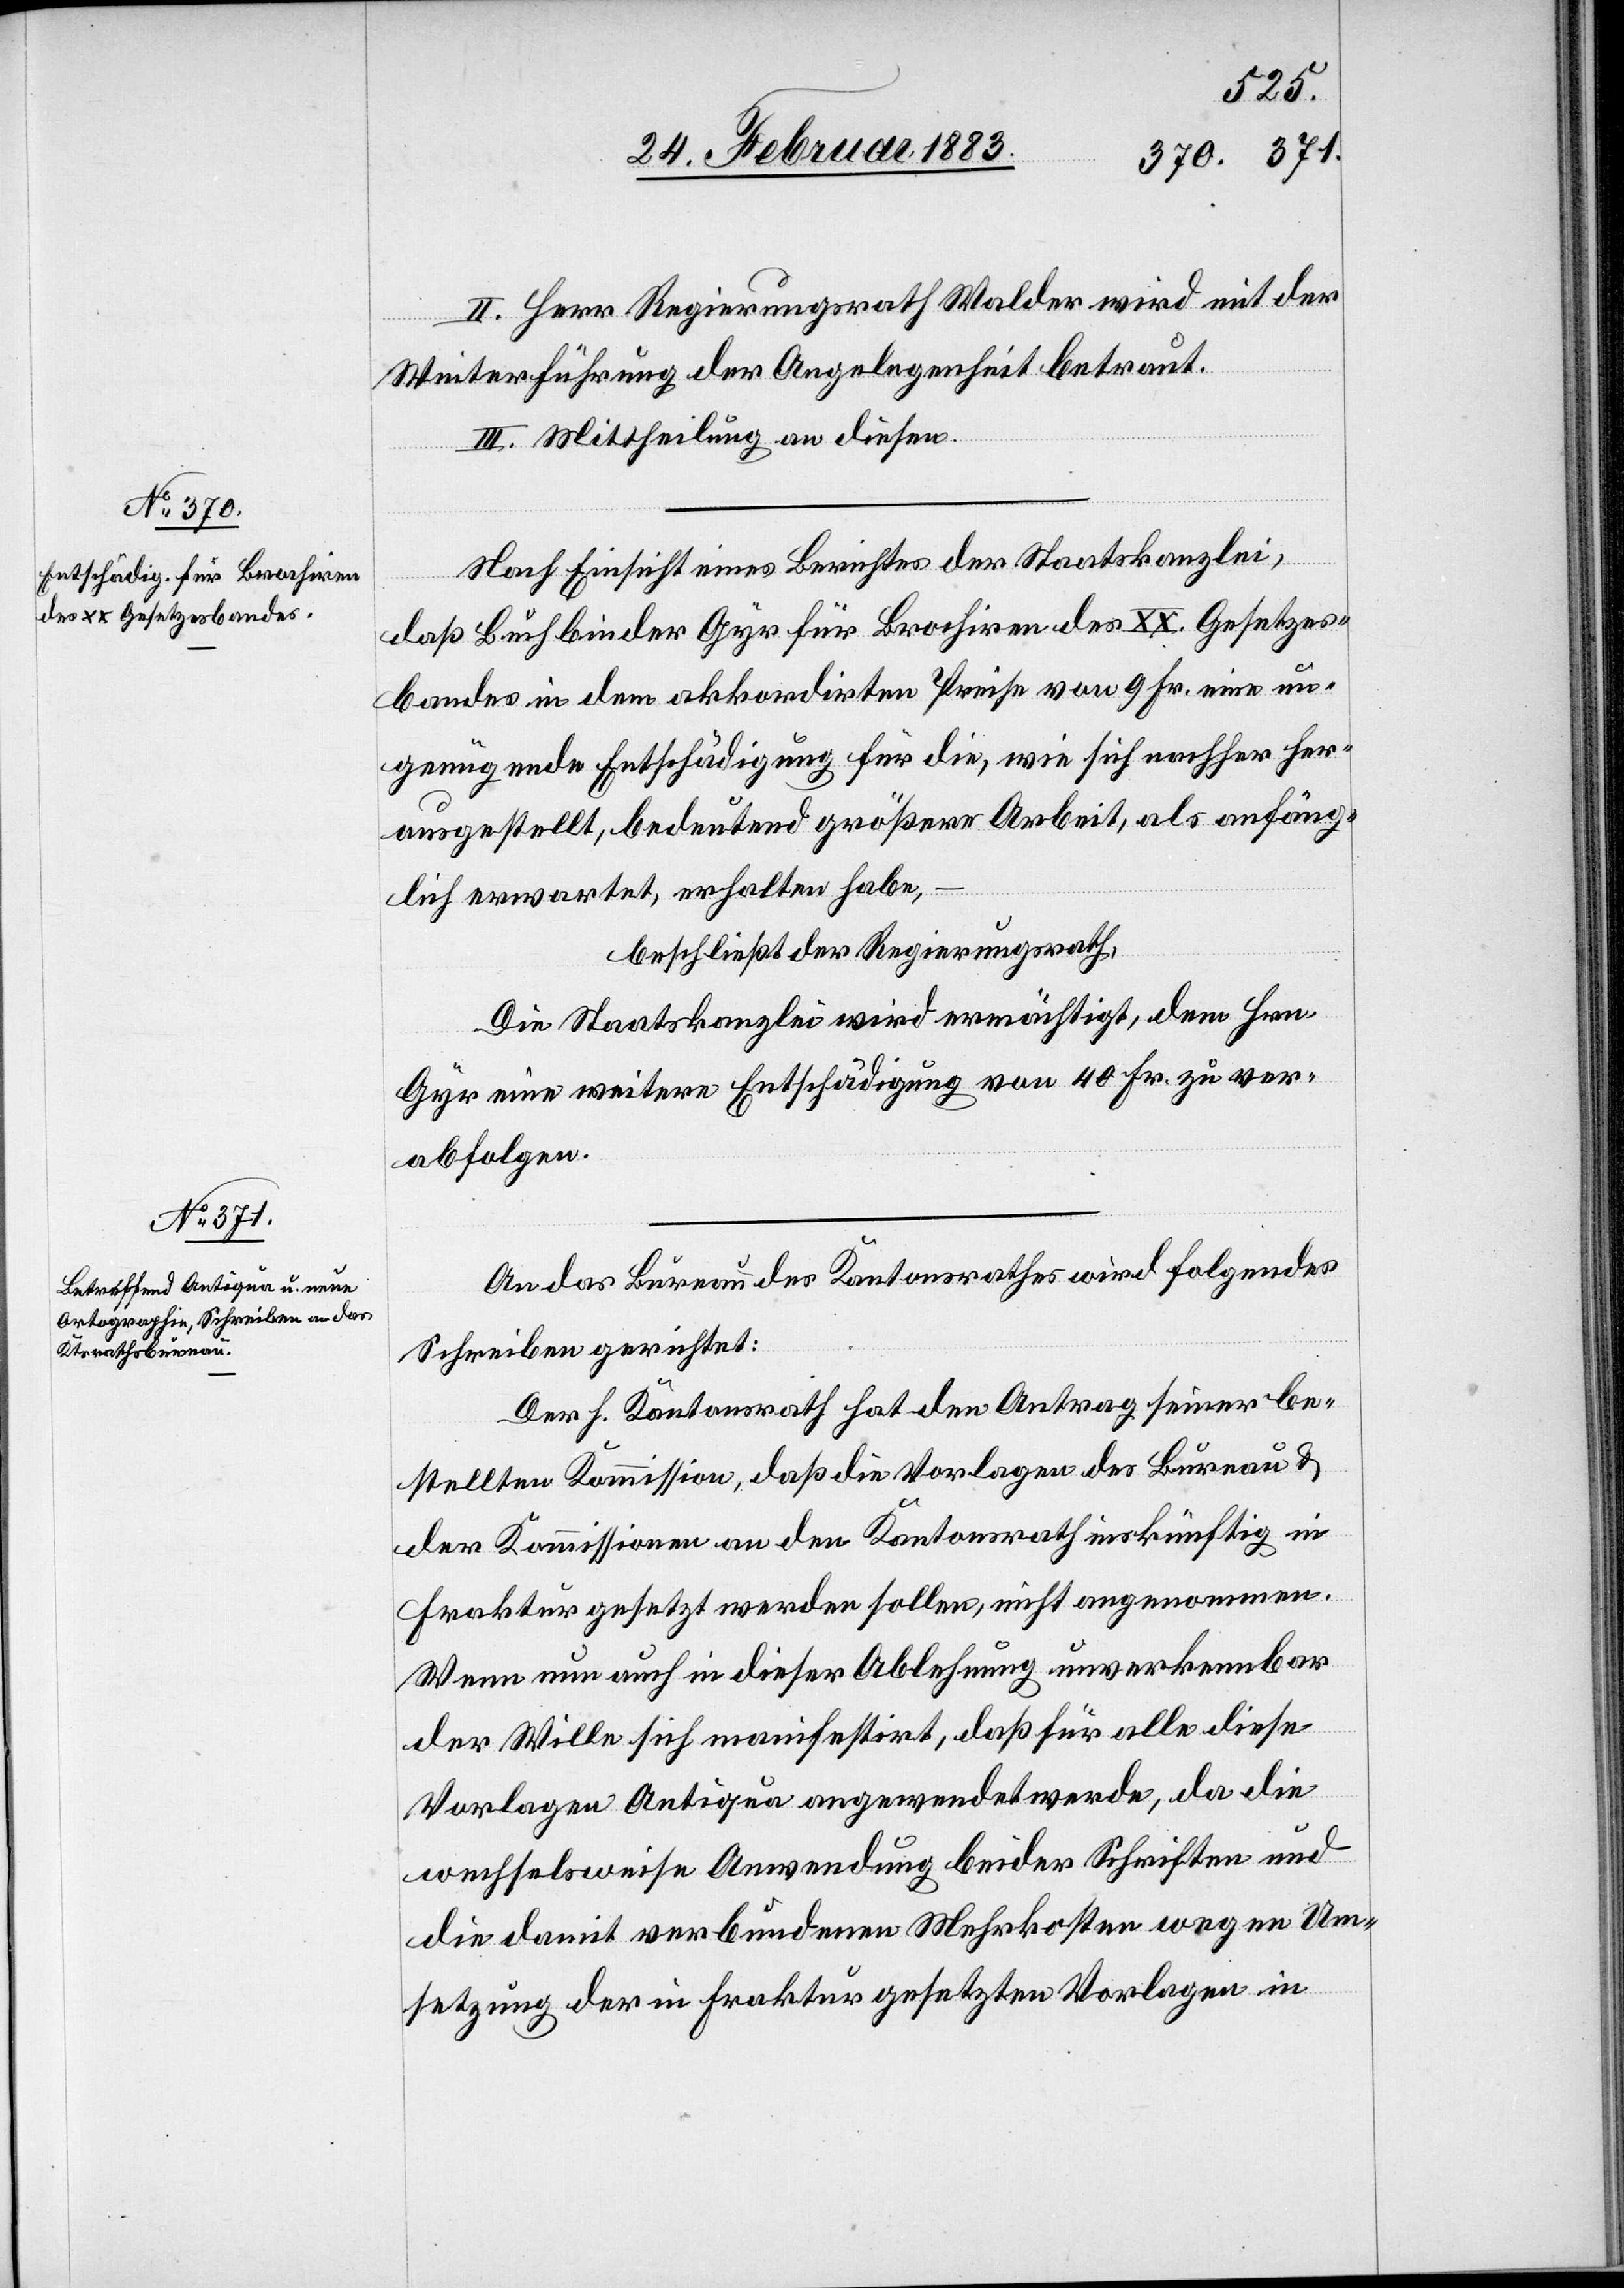
II. Herr Regierungsrath Walder wird mit der
Weiterführung der Angelegenheit betraut.
III. Mittheilung an diesen.
Nach Einsicht eines Berichtes der Staatskanzlei,
daß Buchbinder Gyr für Brochiren des XX. Gesetzes¬
bandes in dem akkordirten Preise von 9 Fr. eine un¬
genügende Entschädigung für die, wie sich nachher her¬
ausgestellt, bedeutend größere Arbeit, als anfäng¬
lich erwartet, erhalten habe,
beschließt der Regierungsrath,
Die Staatskanzlei wird ermächtigt, dem Hrn.
Gyr eine weitere Entschädigung von 40 Fr. zu ver¬
abfolgen.
An das Bureau des Kantonsrathes wird folgendes
Schreiben gerichtet:
Der h. Kantonsrath hat den Antrag seiner be¬
stellten Kommission, daß die Vorlagen des Bureau &
der Kommissionen an den Kantonsrath inskünftig in
Fraktur gesetzt werden sollen, nicht angenommen.
Wenn nun auch in dieser Ablehnung unverkennbar
der Wille sich manifestirt, daß für alle diese
Vorlagen Antiqua angewendet werde, da die
wechselsweise Anwendung beider Schriften und
die damit verbundenen Mehrkosten wegen Um¬
setzung der in Fraktur gesetzten Vorlagen in